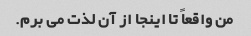
من واقعاً تا اینجا از آن لذت می برم.